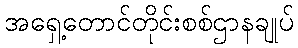
အရှေ့တောင်တိုင်းစစ်ဌာနချုပ်